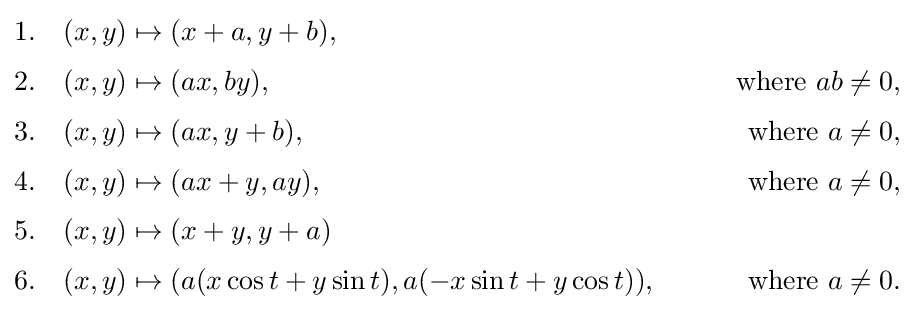
{\begin{aligned}{\text{1.}}&&(x,y)&\mapsto (x+a,y+b),\\[3pt]{\text{2.}}&&(x,y)&\mapsto (ax,by),&\qquad {\text{where }}ab\neq 0,\\[3pt]{\text{3.}}&&(x,y)&\mapsto (ax,y+b),&\qquad {\text{where }}a\neq 0,\\[3pt]{\text{4.}}&&(x,y)&\mapsto (ax+y,ay),&\qquad {\text{where }}a\neq 0,\\[3pt]{\text{5.}}&&(x,y)&\mapsto (x+y,y+a)\\[3pt]{\text{6.}}&&(x,y)&\mapsto (a(x\cos t+y\sin t),a(-x\sin t+y\cos t)),&\qquad {\text{where }}a\neq 0.\end{aligned}}